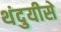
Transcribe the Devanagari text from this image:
थंदुयीसे